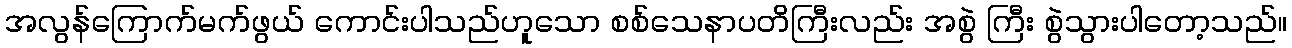
အလွန်ကြောက်မက်ဖွယ် ကောင်းပါသည်ဟူသော စစ်သေနာပတိကြီးလည်း အစွဲ ကြီး စွဲသွားပါတော့သည်။